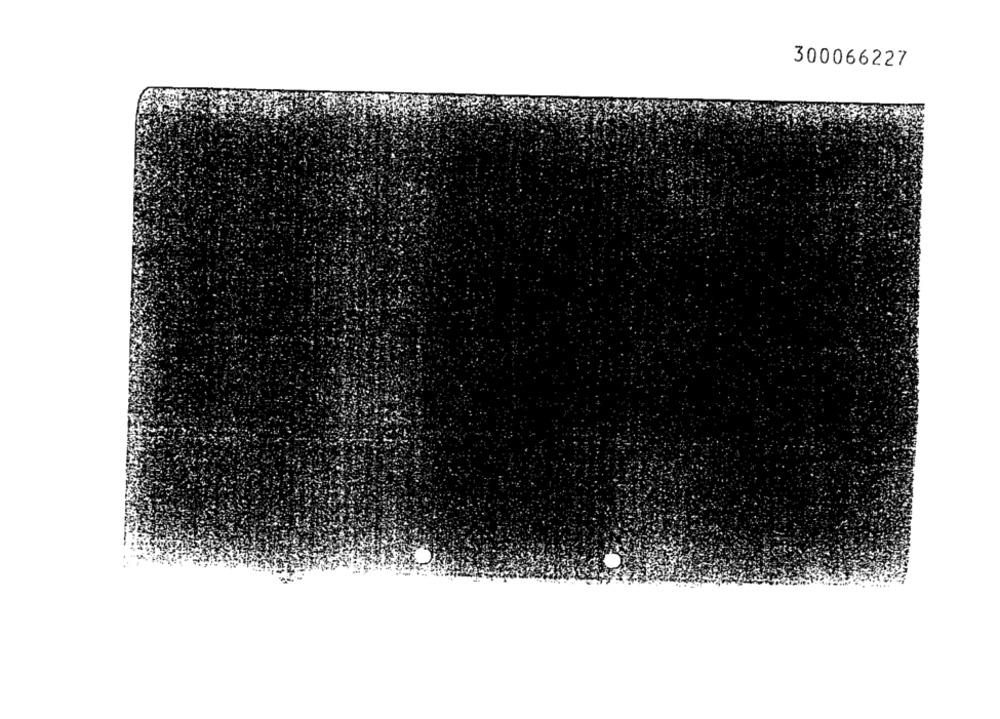
300066227